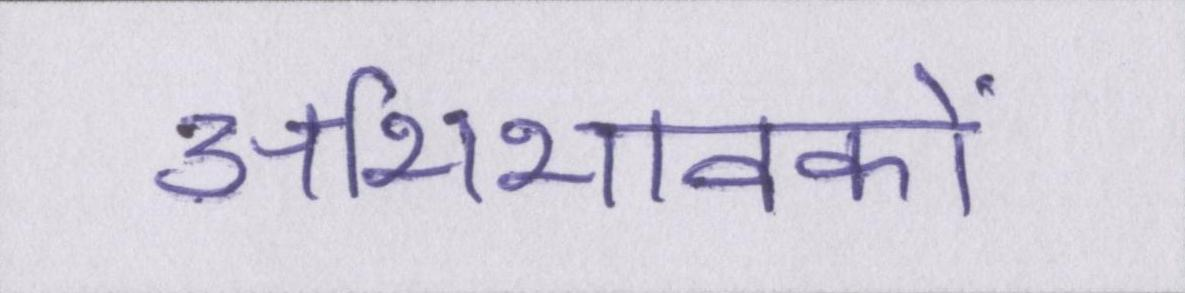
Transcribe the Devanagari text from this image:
अभिभावकों